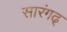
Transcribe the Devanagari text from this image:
सारंगढ्